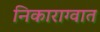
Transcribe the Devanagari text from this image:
निकाराग्वात